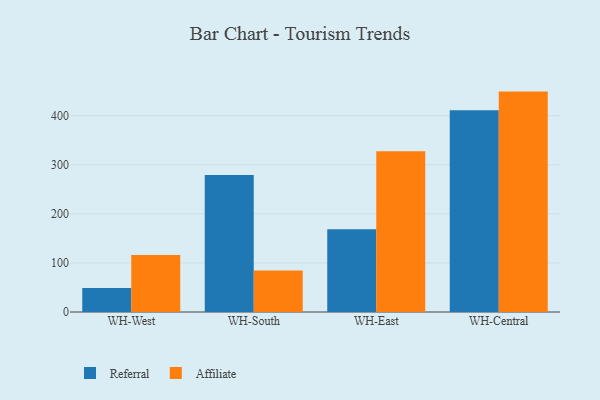
{"axis": {"x": "Warehouse", "y": "Population (Million)"}, "legend": ["Affiliate", "Referral"], "data": [{"x": "WH-West", "y": 49.1, "type": "Referral"}, {"x": "WH-West", "y": 115.9, "type": "Affiliate"}, {"x": "WH-South", "y": 279.4, "type": "Referral"}, {"x": "WH-South", "y": 84.8, "type": "Affiliate"}, {"x": "WH-East", "y": 168.8, "type": "Referral"}, {"x": "WH-East", "y": 327.6, "type": "Affiliate"}, {"x": "WH-Central", "y": 411.3, "type": "Referral"}, {"x": "WH-Central", "y": 449.1, "type": "Affiliate"}]}